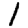
Digit: 1